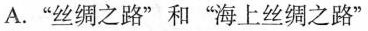
A.”丝绸之路”和”海上丝绸之路”